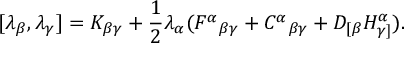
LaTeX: [ \lambda _ { \beta } , \lambda _ { \gamma } ] = K _ { \beta \gamma } + \frac 1 2 \lambda _ { \alpha } ( F ^ { \alpha } { } _ { \beta \gamma } + C ^ { \alpha } { } _ { \beta \gamma } + D _ { [ \beta } H _ { \gamma ] } ^ { \alpha } ) .